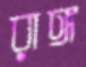
রাঙ্গ